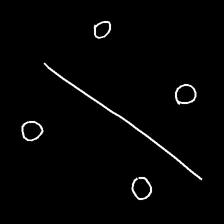
Glyph: cool